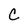
Character: c